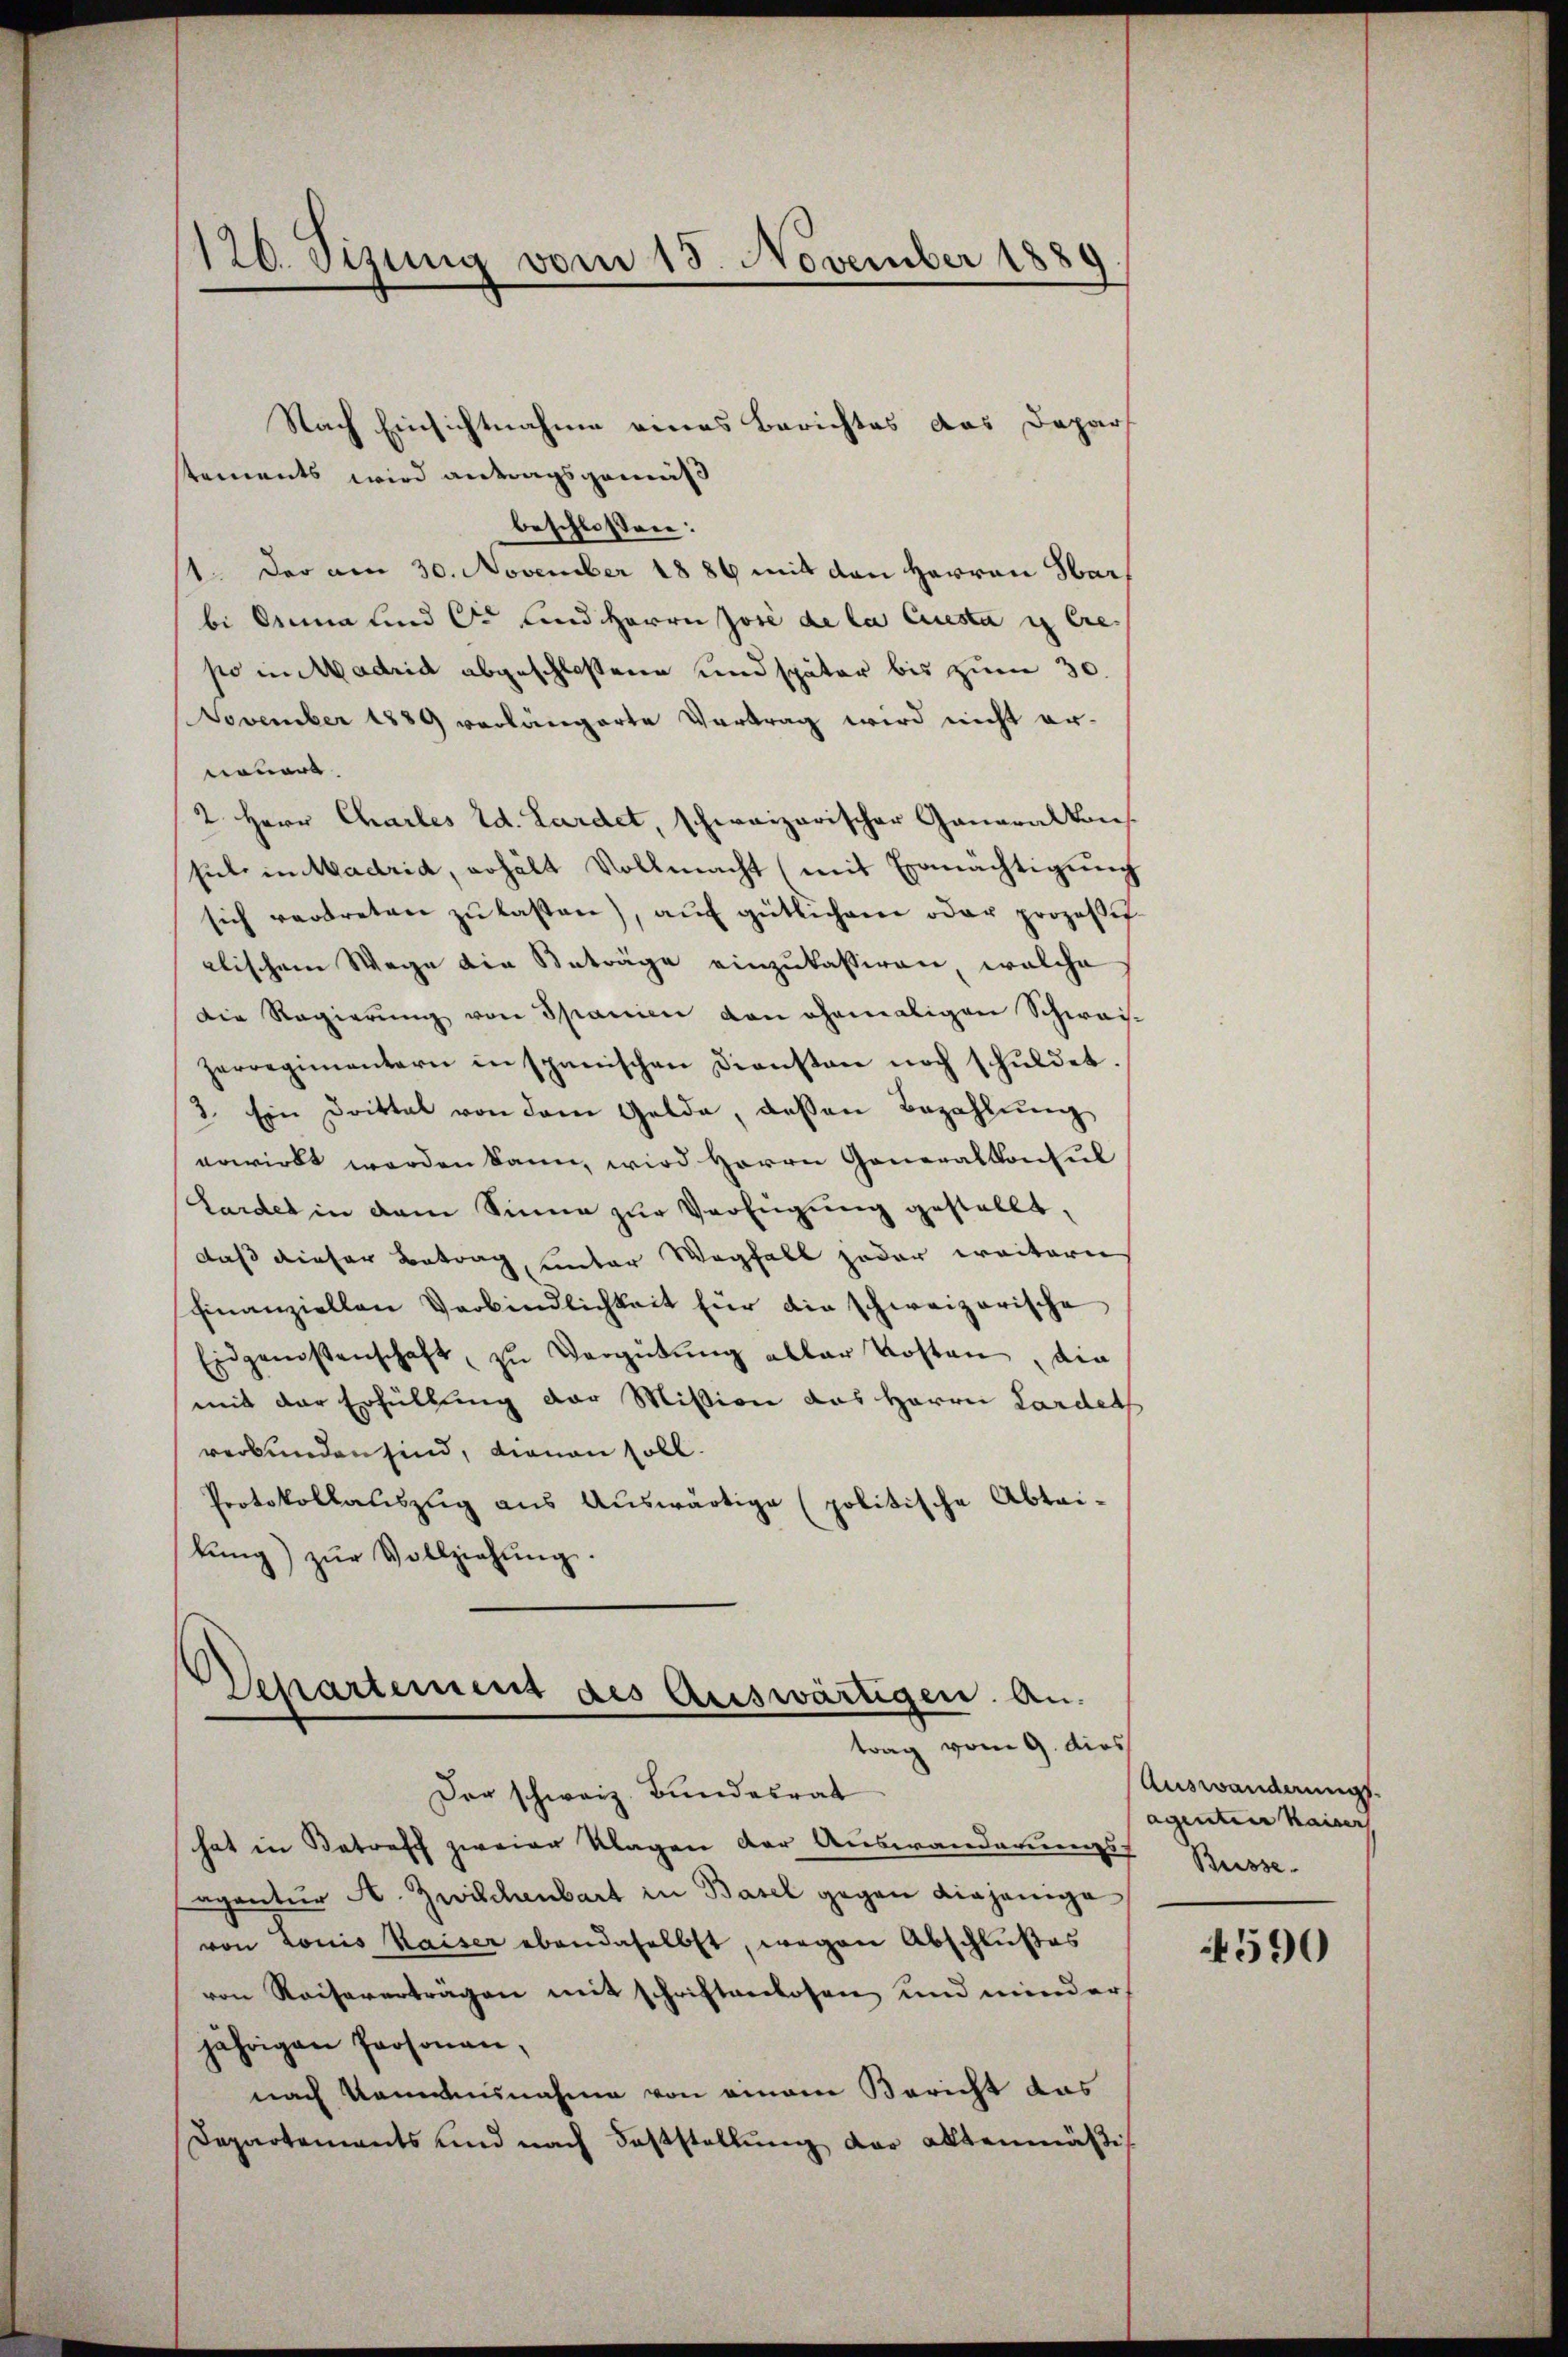
120. Sizung vom 18. November 1881

Nach Einsichtnahme eines Berichtes das Dapars
tements wird antragsgemäß
beschlossen:
/1. Der am 30. November 1889 mit den Herren Sarbi Oma und C. und Herrn José de la Questa in Crepo in Madrid abgeschlossene und später bis zum 30.
November 1889 verlängerte Vertrag wird nicht er-
neuere.
2. Herr Chailes d. Lardet, schweizerischer Generalkons
sul in Madrid, erhält Vollmacht (mit Ermächtigung
sich vertreten zŭ lassen), aŭf gütlichem oder proposit
alischem Wege die Beträge einzukassiren, welche
Die Regierŭng von Spanien von ehemaligen Schwai-
zerregimentern in spanischen Diensten noch schŭldet.
3. Ein Drittel von dem Gelde, dessen Bezahlŭng
erwirkt werden kann, wird Herrn Generalkonsul
Lardet in dem Sinne zur Verfügung gestellt,
daß dieser Betrag, unter Wegfall jeder weitern
finanziellen Verbindlichkeit für die schweizerische
Eidgenossenschaft zŭ Vergütŭng aller Kosten, die
mit der Erfüllung der Mission das Herrn Lardels
verbunden sind, dienen soll.
Protokollaŭszŭg aŭs Aŭswärtige (politische Abtai-
lŭng zŭr Vollziehŭng.

Departement des Auswärtigen. An-
trag vom 9. dies

Der schweiz. Bundesrat
hat in Betreff zweier Klagen der Auswanderungs-
agantur A. Zwischenbart in Basel gegen diejenige
von Louis Kaiser ebendaselbst, wegen Abschlußes
von Reiseverträgen mit schriftenlosen und minder
jährigen Personen,
nach Kandesnahme von einem Bericht das
Departements und nach Feststellung der altenmäßig

Auswanderungs-
agenten Kaiser
Buisse.

590